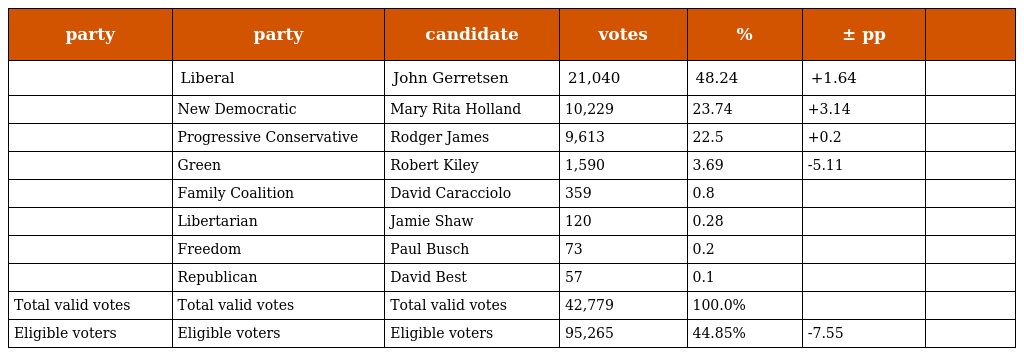
| party | party | candidate | votes | % | ± pp |  |
 | --- | --- | --- | --- | --- | --- | --- |
 |  | Liberal | John Gerretsen | 21,040 | 48.24 | +1.64 |  |
 |  | New Democratic | Mary Rita Holland | 10,229 | 23.74 | +3.14 |  |
 |  | Progressive Conservative | Rodger James | 9,613 | 22.5 | +0.2 |  |
 |  | Green | Robert Kiley | 1,590 | 3.69 | -5.11 |  |
 |  | Family Coalition | David Caracciolo | 359 | 0.8 |  |  |
 |  | Libertarian | Jamie Shaw | 120 | 0.28 |  |  |
 |  | Freedom | Paul Busch | 73 | 0.2 |  |  |
 |  | Republican | David Best | 57 | 0.1 |  |  |
 | Total valid votes | Total valid votes | Total valid votes | 42,779 | 100.0% |  |  |
 | Eligible voters | Eligible voters | Eligible voters | 95,265 | 44.85% | -7.55 |  |